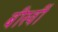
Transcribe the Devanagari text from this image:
बीस्वीं